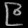
Digit: ၉